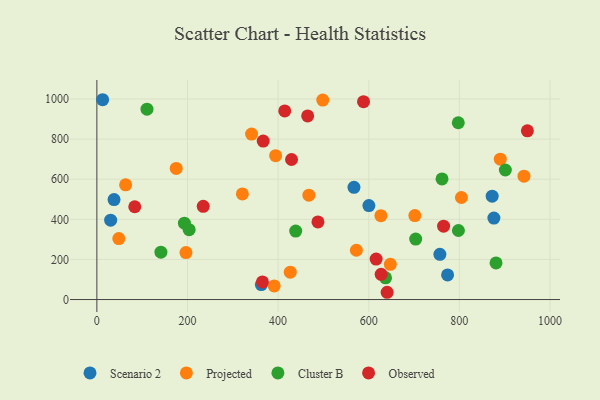
{"axis": {"x": "Distance", "y": "Exam Score"}, "legend": ["Cluster B", "Observed", "Projected", "Scenario 2"], "data": [{"x": "774.0", "y": 122.8, "type": "Scenario 2"}, {"x": "600.3", "y": 468.4, "type": "Scenario 2"}, {"x": "567.4", "y": 559.7, "type": "Scenario 2"}, {"x": "37.9", "y": 498.3, "type": "Scenario 2"}, {"x": "876.2", "y": 406.0, "type": "Scenario 2"}, {"x": "30.4", "y": 395.6, "type": "Scenario 2"}, {"x": "757.0", "y": 225.3, "type": "Scenario 2"}, {"x": "363.0", "y": 74.4, "type": "Scenario 2"}, {"x": "12.7", "y": 996.2, "type": "Scenario 2"}, {"x": "872.4", "y": 515.5, "type": "Scenario 2"}, {"x": "647.6", "y": 175.5, "type": "Projected"}, {"x": "626.8", "y": 418.0, "type": "Projected"}, {"x": "890.3", "y": 700.0, "type": "Projected"}, {"x": "321.1", "y": 526.4, "type": "Projected"}, {"x": "701.7", "y": 418.5, "type": "Projected"}, {"x": "942.6", "y": 615.0, "type": "Projected"}, {"x": "341.4", "y": 824.7, "type": "Projected"}, {"x": "498.5", "y": 994.6, "type": "Projected"}, {"x": "804.5", "y": 508.6, "type": "Projected"}, {"x": "63.4", "y": 572.0, "type": "Projected"}, {"x": "196.6", "y": 234.1, "type": "Projected"}, {"x": "467.9", "y": 520.1, "type": "Projected"}, {"x": "426.8", "y": 136.2, "type": "Projected"}, {"x": "394.5", "y": 717.4, "type": "Projected"}, {"x": "391.3", "y": 67.8, "type": "Projected"}, {"x": "572.7", "y": 245.8, "type": "Projected"}, {"x": "48.4", "y": 303.9, "type": "Projected"}, {"x": "175.1", "y": 653.5, "type": "Projected"}, {"x": "637.1", "y": 108.1, "type": "Cluster B"}, {"x": "880.9", "y": 182.7, "type": "Cluster B"}, {"x": "141.3", "y": 236.0, "type": "Cluster B"}, {"x": "203.7", "y": 348.5, "type": "Cluster B"}, {"x": "797.9", "y": 344.2, "type": "Cluster B"}, {"x": "761.7", "y": 601.5, "type": "Cluster B"}, {"x": "193.2", "y": 380.5, "type": "Cluster B"}, {"x": "901.5", "y": 645.9, "type": "Cluster B"}, {"x": "703.6", "y": 301.2, "type": "Cluster B"}, {"x": "797.6", "y": 881.3, "type": "Cluster B"}, {"x": "110.6", "y": 948.9, "type": "Cluster B"}, {"x": "438.8", "y": 341.3, "type": "Cluster B"}, {"x": "83.6", "y": 462.7, "type": "Observed"}, {"x": "414.6", "y": 940.3, "type": "Observed"}, {"x": "367.1", "y": 790.0, "type": "Observed"}, {"x": "429.6", "y": 698.1, "type": "Observed"}, {"x": "234.7", "y": 464.8, "type": "Observed"}, {"x": "487.9", "y": 387.0, "type": "Observed"}, {"x": "465.2", "y": 915.2, "type": "Observed"}, {"x": "588.5", "y": 986.3, "type": "Observed"}, {"x": "365.4", "y": 87.7, "type": "Observed"}, {"x": "640.6", "y": 36.2, "type": "Observed"}, {"x": "765.2", "y": 365.6, "type": "Observed"}, {"x": "950.1", "y": 841.3, "type": "Observed"}, {"x": "616.3", "y": 201.7, "type": "Observed"}, {"x": "627.4", "y": 125.6, "type": "Observed"}]}